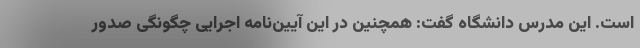
است. این مدرس دانشگاه گفت: همچنین در این آیین‌نامه اجرایی چگونگی صدور